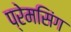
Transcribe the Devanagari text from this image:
प्रेमसिंग